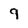
Character: 9